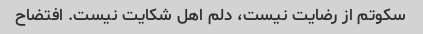
سکوتم از رضایت نیست، دلم اهل شکایت نیست. افتضاح